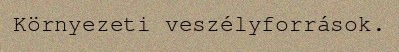
Környezeti veszélyforrások.